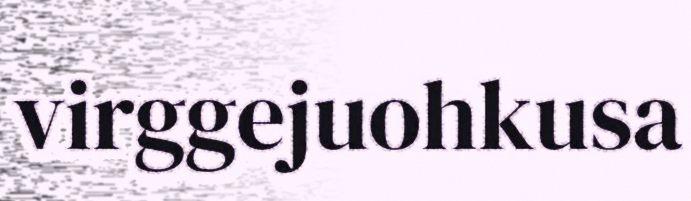
virggejuohkusa